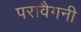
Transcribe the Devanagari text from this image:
परावैगनी